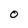
Character: o